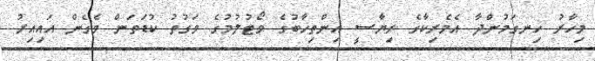
މިހާރު ހިނގަމުންދާ އެމެރިކާގެ ރިޔާސީ އިންތިޚާބުގެ ވޯޓުލުމުގެ ވަގުތު ކުޑަތަން ވެގެން އައިއިރު